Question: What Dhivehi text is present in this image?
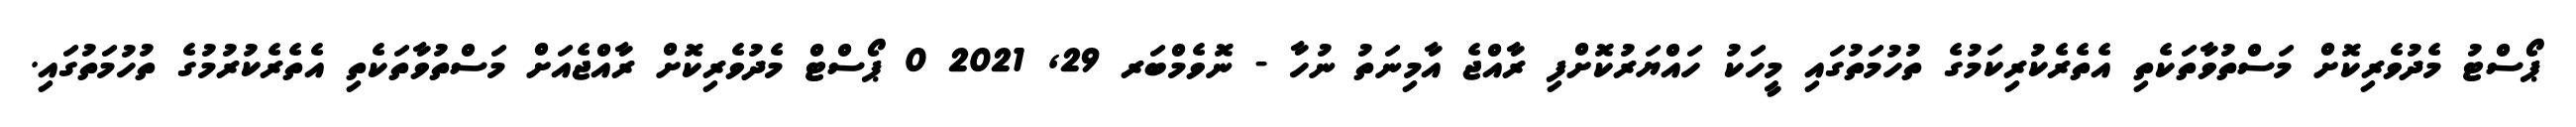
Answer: ޕޯސްޓު މެދުވެރިކޮށް މަސްތުވާތަކެތި އެތެރެކުރިކަމުގެ ތުހުމަތުގައި މީހަކު ހައްޔަރުކޮށްފި ރާއްޖެ އާމިނަތު ނުހާ - ނޮވެމްބަރ 29, 2021 0 ޕޯސްޓް މެދުވެރިކޮށް ރާއްޖެއަށް މަސްތުވާތަކެތި އެތެރެކުރުމުގެ ތުހުމަތުގައި.